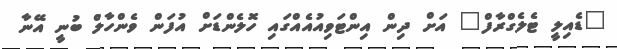
"ޑެއިލީ ޓެލެގްރާފް" އަށް ދިން އިންޓަވިއުއެއްގައި ހޮލެންޑަށް އުފަން ވެންހާލް ބުނީ އޭނާ